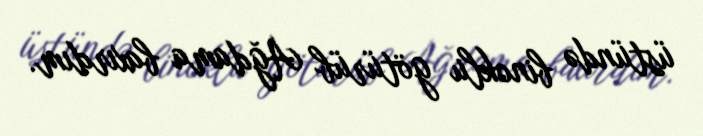
üstündə binoklu götürüb Ağdama baxırdım.